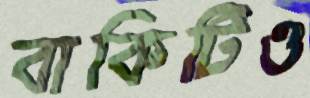
বাকিটিও